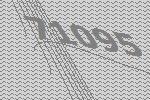
71095